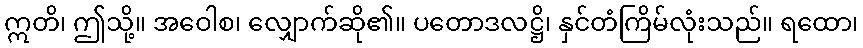
ဣတိ၊ ဤသို့။ အဝေါစ၊ လျှောက်ဆို၏။ ပတောဒလဋ္ဌိ၊ နှင်တံကြိမ်လုံးသည်။ ရထော၊